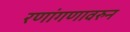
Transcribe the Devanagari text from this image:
रणांगणावरुन